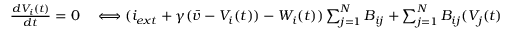
\begin{array} { r l } { \frac { d V _ { i } ( t ) } { d t } = 0 } & { { } \Longleftrightarrow ( i _ { e x t } + \gamma ( \bar { v } - V _ { i } ( t ) ) - W _ { i } ( t ) ) \sum _ { j = 1 } ^ { N } B _ { i j } + \sum _ { j = 1 } ^ { N } B _ { i j } ( V _ { j } ( t ) - V _ { i } ( t ) ) = 0 } \end{array}